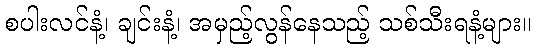
စပါးလင်နံ့၊ ချင်းနံ့၊ အမှည့်လွန်နေသည့် သစ်သီးရနံ့များ။